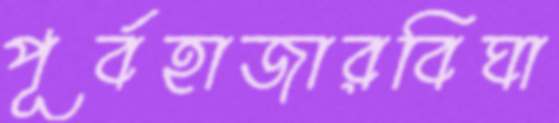
পূর্বহাজারবিঘা